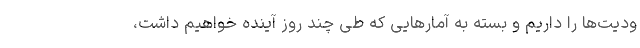
ودیت‌ها را داریم و بسته به آمارهایی که طی چند روز آینده خواهیم داشت،